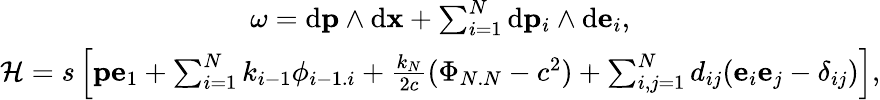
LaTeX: \begin{array}{c}{{\omega=\mathrm{d}{\mathbf p}\wedge\mathrm{d}{\mathbf x}+\sum_{i=1}^{N}\mathrm{d}{\mathbf p}_{i}\wedge\mathrm{d}{\mathbf e}_{i},}}\\ {{{\cal H}={s}\left[{\mathbf p}{\mathbf e}_{1}+\sum_{i=1}^{N}{k}_{i-1}{\phi}_{i-1.i}+\frac{{k}_{N}}{2c}({\Phi}_{N.N}-c^{2})+\sum_{i,j=1}^{N}d_{ij}({\mathbf e}_{i}{\mathbf e}_{j}-\delta_{ij})\right],}}\end{array}